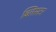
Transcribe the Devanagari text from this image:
ब्लिसटर